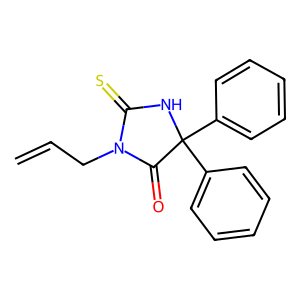
SMILES: C=CCN1C(=O)C(c2ccccc2)(c2ccccc2)NC1=S
Inhibits HIV replication: No